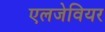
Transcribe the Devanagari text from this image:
एलजेवियर